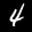
Label: 4